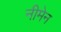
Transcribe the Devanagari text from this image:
नीमेन